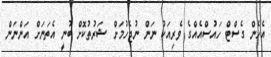
އެހެން ގެސްޓް ހައުސްއެއްގެ ވެރިއަކު ނަން ނުޖެހުމަށް ޝަރުތުކޮށް ބުނީ އެތަނަށް އަންނަން